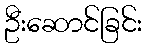
ဦးဆောင်ခြင်း